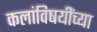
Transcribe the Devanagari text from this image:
कलांविषयींच्या